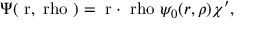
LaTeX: \Psi ( \mathrm { \boldmath ~ r , \ r h o ~ } ) = \mathrm { \boldmath ~ r \cdot \ r h o ~ } \psi _ { 0 } ( r , \rho ) \chi ^ { \prime } ,